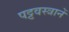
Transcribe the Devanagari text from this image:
पट्टवस्त्रानें